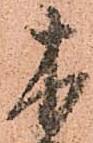
木